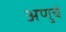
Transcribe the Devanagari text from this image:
अणुचे